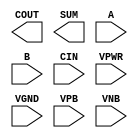
module sky130_fd_sc_ls__fa (
    COUT,
    SUM ,
    A   ,
    B   ,
    CIN ,
    VPWR,
    VGND,
    VPB ,
    VNB
);

    output COUT;
    output SUM ;
    input  A   ;
    input  B   ;
    input  CIN ;
    input  VPWR;
    input  VGND;
    input  VPB ;
    input  VNB ;
endmodule